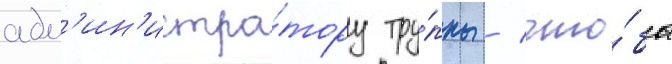
адм'ин'истра́тору тру́ппы / что́бы